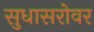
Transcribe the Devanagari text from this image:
सुधासरोवर